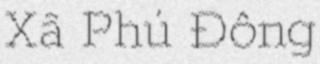
Xã Phú Đông